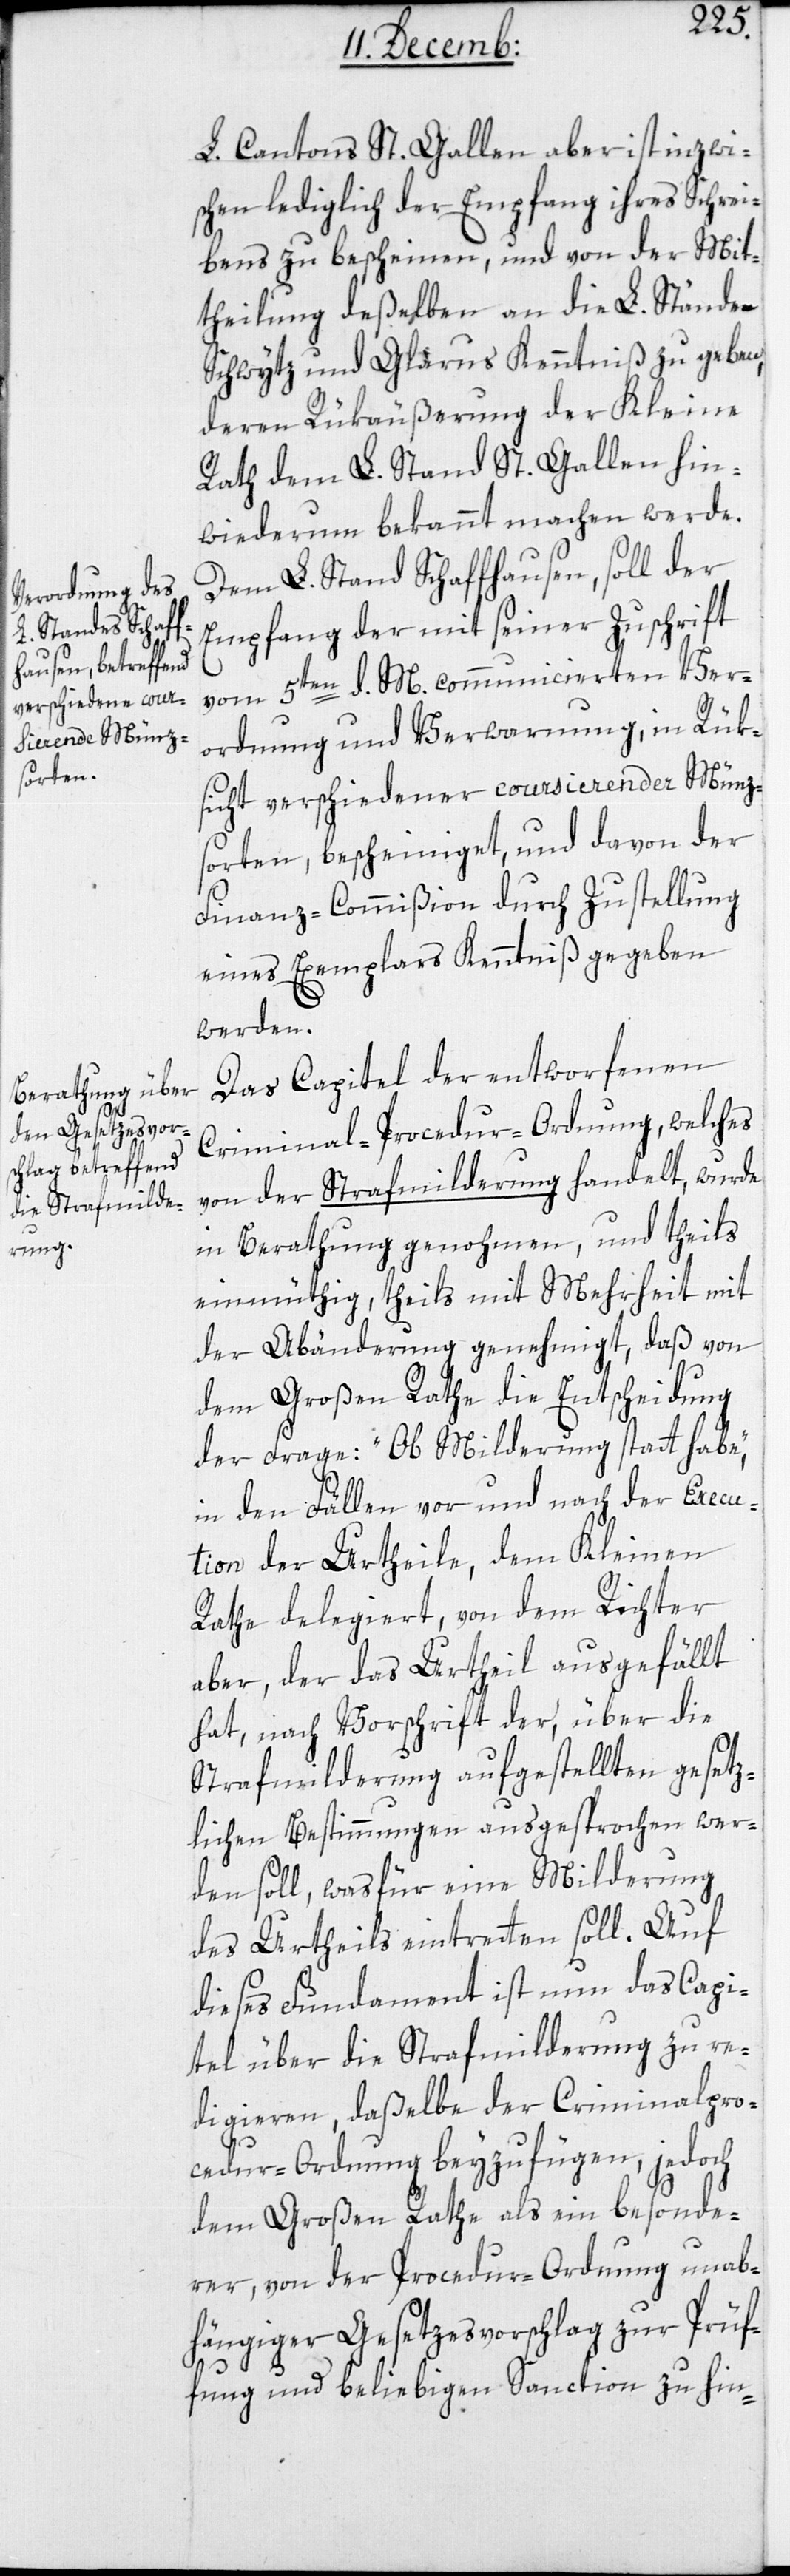
L. Cantons St. Gallen aber ist inzwi¬
schen lediglich der Empfang ihres Schrei¬
bens zu bescheinen, und von der Mit¬
theilung deßelben an die L. Stände
Schwytz und Glarus Kenntniß zu geben,
deren Rükäußerung der Kleine
Rath dem L. Stand St. Gallen hin¬
wiederum bekannt machen werde.
Dem L. Stand Schaffhausen soll der
Empfang der mit seiner Zuschrift
vom 5ten d. M. communicierten Ver¬
ordnung und Verwarnung, in Rük¬
sicht verschiedener coursierender Münz¬
sorten, bescheiniget, und davon der
Finanz-Commißion durch Zustellung
eines Exemplars Kenntniß gegeben
werden.
Das Capitel der entworfenen
Criminal-Procedur-Ordnung, welches
von der Strafmilderung handelt, wurde
in Berathung genohmen, und theils
einmüthig, theils mit Mehrheit mit
der Abänderung genehmigt, daß von
dem großen Rathe die Entscheidung
der Frage: „Ob Milderung statt habe“,
in den Fällen vor und nach der Execu¬
tion der Urtheile, dem Kleinen
Rathe delegiert, von dem Richter
aber, der das Urtheil ausgefällt
hat, nach Vorschrift der, über die
Strafmilderung aufgestellten gesetz¬
lichen Bestimmungen ausgesprochen wer¬
den soll, was für eine Milderung
des Urtheils eintreten soll. Auf
dieses Fundament ist nun das Capi¬
tel über die Strafmilderung zu re¬
digieren, daßelbe der Criminal-Pro¬
cedur-Ordnung beyzufügen, jedoch
dem großen Rathe als ein besonde¬
rer, von der Procedur-Ordnung unab¬
hängiger Gesetzesvorschlag zur Prüf¬
ung und beliebigen Sanction zu hin-